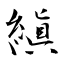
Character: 縝